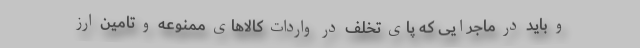
و باید در ماجرایی که پای تخلف در واردات کالاهای ممنوعه و تامین ارز